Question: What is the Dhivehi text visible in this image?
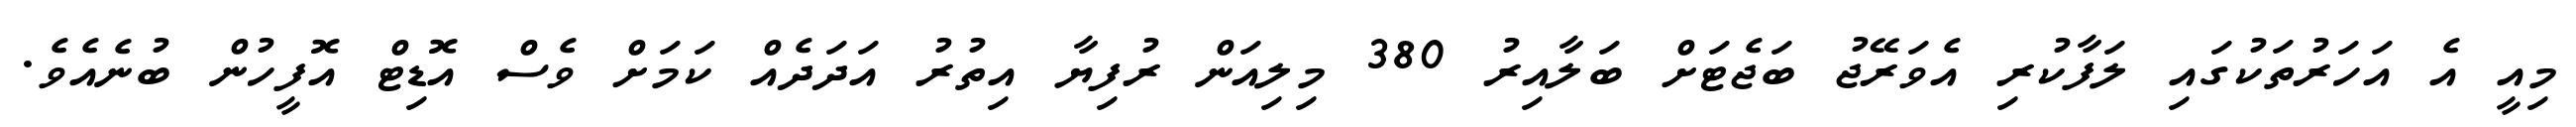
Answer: މިއީ އެ އަހަރުތަކުގައި ލަފާކުރި އެވަރޭޖު ބަޖެޓަށް ބަލާއިރު 380 މިލިއަން ރުފިޔާ އިތުރު އަދަދެއް ކަމަށް ވެސް އޮޑިޓް އޮފީހުން ބުނެއެވެ.